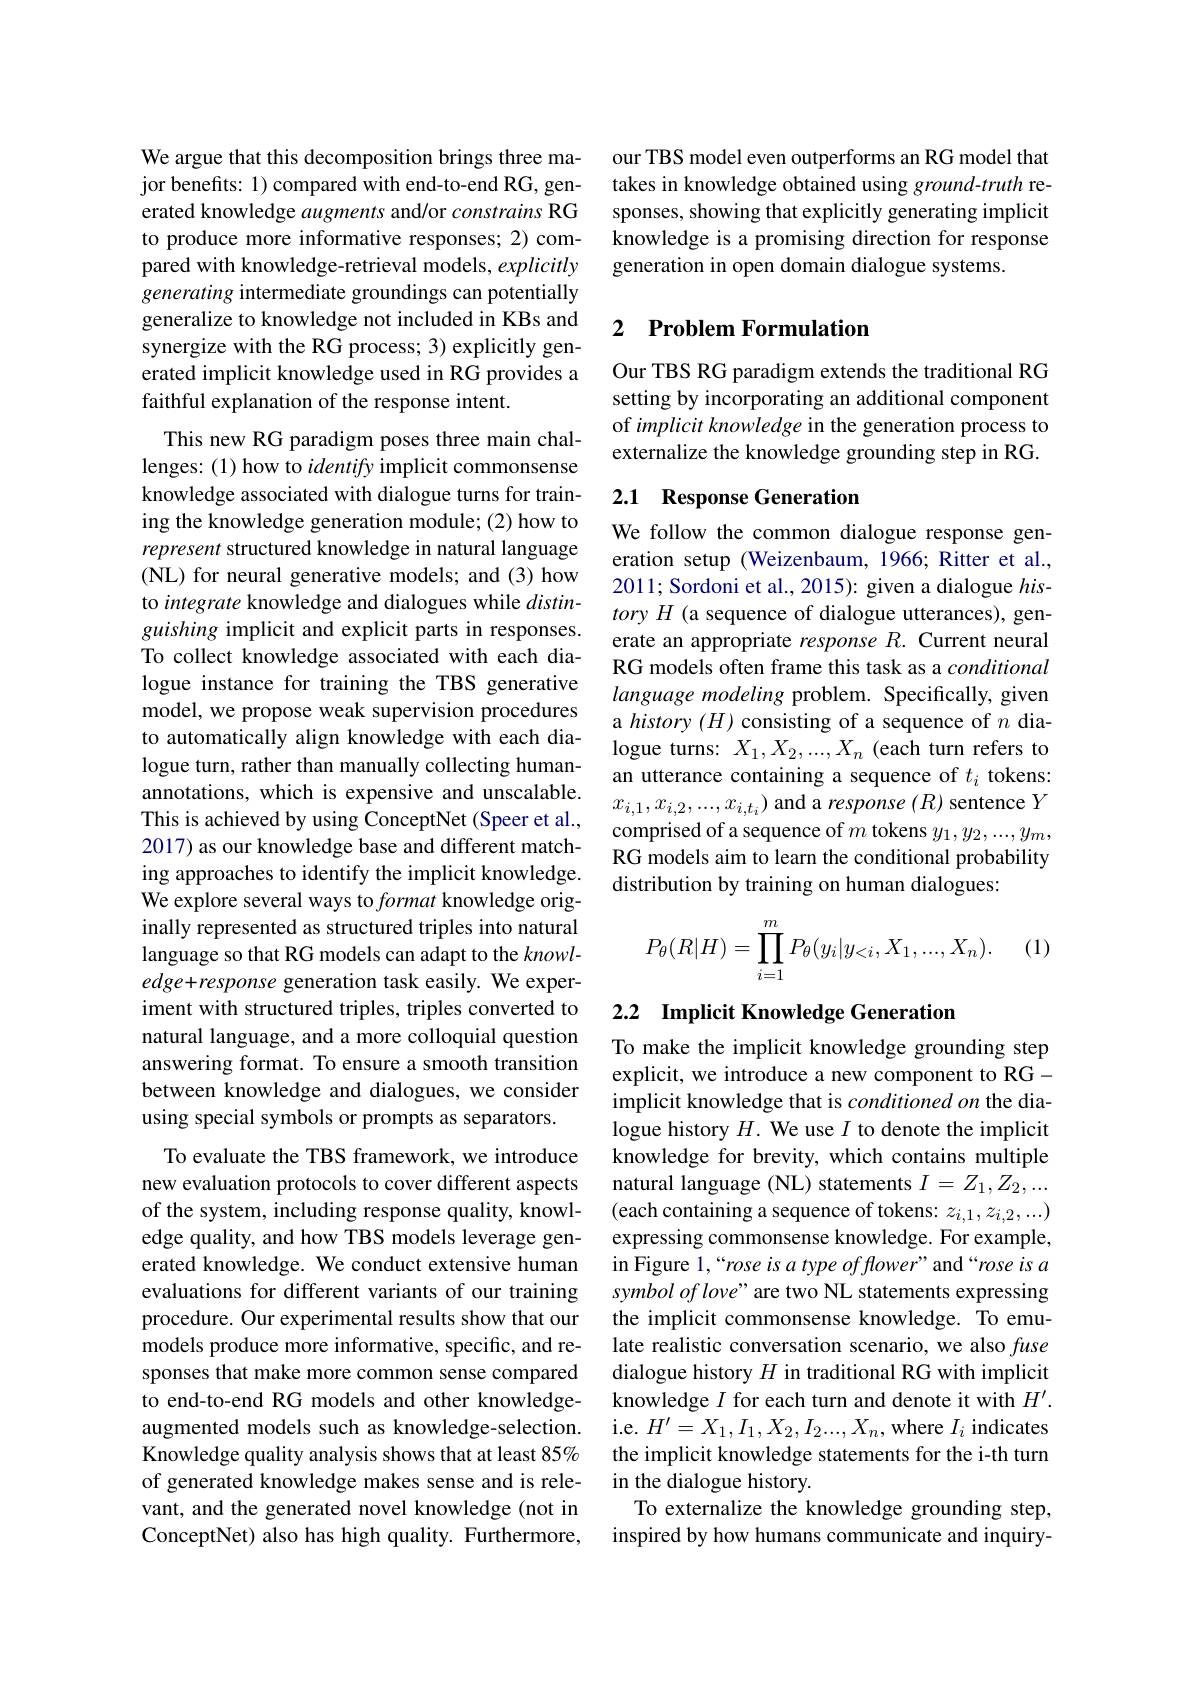
We argue that this decomposition brings three major benefits: 1) compared with end-to-end RG, generated knowledge augments and/or constrains RG to produce more informative responses; 2) compared with knowledge-retrieval models, explicitly generating intermediate groundings can potentially generalize to knowledge not included in KBs and synergize with the RG process; 3) explicitly generated implicit knowledge used in RG provides a faithful explanation of the response intent.

This new RG paradigm poses three main challenges: (1) how to identify implicit commonsense knowledge associated with dialogue turns for training the knowledge generation module; (2) how to represent structured knowledge in natural language (NL) for neural generative models; and (3) how to integrate knowledge and dialogues while $distin-$ guishing implicit and explicit parts in responses. To collect knowledge associated with each dialogue instance for training the TBS generative model, we propose weak supervision procedures to automatically align knowledge with each dialogue turn, rather than manually collecting humanannotations, which is expensive and unscalable. This is achieved by using ConceptNet (Speer et al., 2017) as our knowledge base and different matching approaches to identify the implicit knowledge. We explore several ways to format knowledge originally represented as structured triples into natural language so that RG models can adapt to the knowledge+response generation task easily. We experiment with structured triples, triples converted to natural language, and a more colloquial question answering format. To ensure a smooth transition between knowledge and dialogues, we consider using special symbols or prompts as separators.
To evaluate the TBS framework, we introduce new evaluation protocols to cover different aspects of the system, including response quality, knowledge quality, and how TBS models leverage generated knowledge. We conduct extensive human evaluations for different variants of our training procedure. Our experimental results show that our models produce more informative, specific, and responses that make more common sense compared to end-to-end RG models and other knowledgeaugmented models such as knowledge-selection.

Knowledge quality analysis shows that at least 85% of generated knowledge makes sense and is relevant, and the generated novel knowledge (not in ConceptNet) also has high quality. Furthermore,

our TBS model even outperforms an RG model that takes in knowledge obtained using ground-truth responses, showing that explicitly generating implicit knowledge is a promising direction for response generation in open domain dialogue systems.

## 2 $\textbf{Problem Formulation}$

Our TBS RG paradigm extends the traditional RG setting by incorporating an additional component of implicit knowledge in the generation process to externalize the knowledge grounding step in RG.

## 2.1 Response Generation

We follow the common dialogue response generation setup (Weizenbaum, 1966; Ritter et al., 2011; Sordoni et al., 2015): given a dialogue $his-$ tory $H$ (a sequence of dialogue utterances), generate an appropriate response $R.$ Current neural RG models often frame this task as a conditional language modeling problem. Specifically, given a history $(H)$ consisting of a sequence of $n$ dialogue turns: $X_1,X_2,...,X_n$ (each turn refers to an utterance containing a sequence of $t_i$ tokens: $x_{i,1},x_{i,2},...,x_{i,t_i})$ and a response $(R)$ sentence $Y$ comprised of a sequence of $m$ tokens $y_1,y_2,...,y_m$, RG models aim to learn the conditional probability distribution by training on human dialogues:
$$\begin{aligned}P_\theta(R|H)=\prod_{i=1}^mP_\theta(y_i|y_{<i},X_1,...,X_n).\end{aligned}$$
(1)

## 2.2 Implicit Knowledge Generation

To make the implicit knowledge grounding step explicit, we introduce a new component to RGimplicit knowledge that is conditioned on the dialogue history $H.$ We use $I$ to denote the implicit knowledge for brevity, which contains multiple natural language (NL) statements $I=Z_1,Z_2,...$ (each containing a sequence of tokens: $z_i,1,z_{i,2},...)$ expressing commonsense knowledge. For example, in Figure 1,“rose is a type of flower” and“rose is a symbol of love" are two NL statements expressing the implicit commonsense knowledge. To emulate realistic conversation scenario, we also fuse dialogue history $H$ in traditional RG with implicit knowledge $I$ for each turn and denote it with $H^\prime.$ i.e. $H^\prime=X_1,I_1,X_2,I_2...,X_n$, where $I_i$ indicates the implicit knowledge statements for the i-th turn in the dialogue history.
To externalize the knowledge grounding step, inspired by how humans communicate and inquiry-